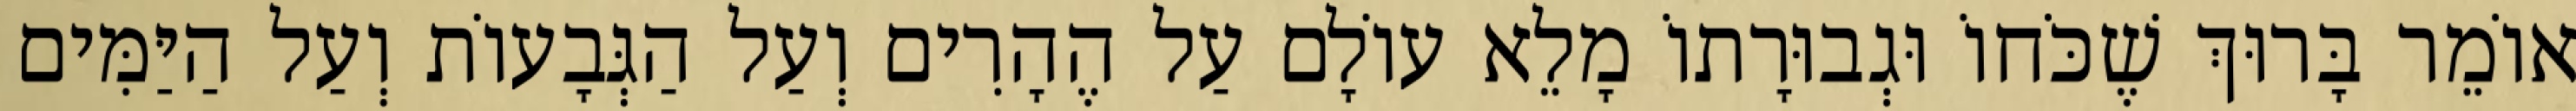
אוֹמֵר בָּרוּךְ שֶׁכֹּחוֹ וּגְבוּרָתוֹ מָלֵא עוֹלָם עַל הֶהָרִים וְעַל הַגְּבָעוֹת וְעַל הַיַּמִּים